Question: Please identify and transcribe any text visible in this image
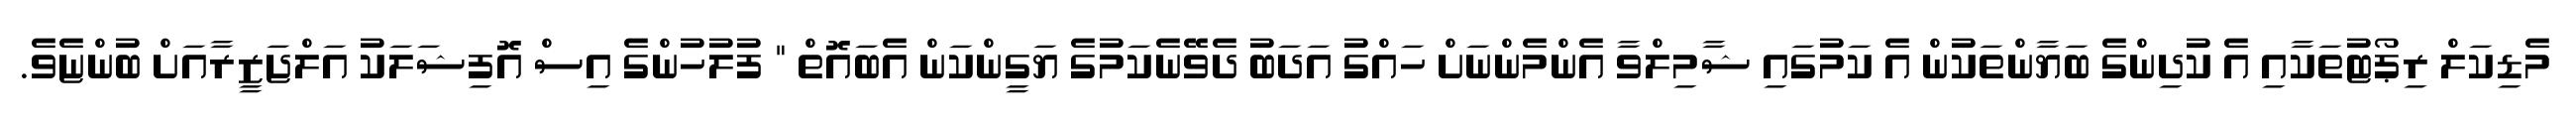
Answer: މެޑިކަލް ރިޕޯޓުތަކާއި އެ ކުދިންގެ ބަޔާންތަކުން އެ ކަމުގައި ޝާމިލްވާ އެންމެންނަށް ހައްގު އަދަބު ދެވޭނެކަމުގެ ޔަގީންކަން އެބައޮތް " ފުލުހުންގެ އިސް އޮފިޝަލަކު އަލްޖަޒީރާއަށް ބުންޏެވެ.